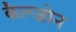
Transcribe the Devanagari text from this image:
कैल्जोन